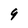
Character: 9